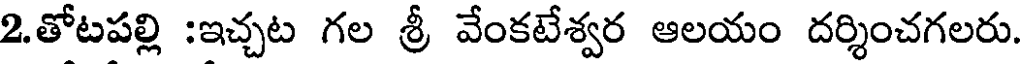
2.తోటపల్లి :ఇచ్చట గల శ్రీ వేంకటేశ్వర ఆలయం దర్శించగలరు.